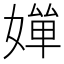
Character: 𡠐